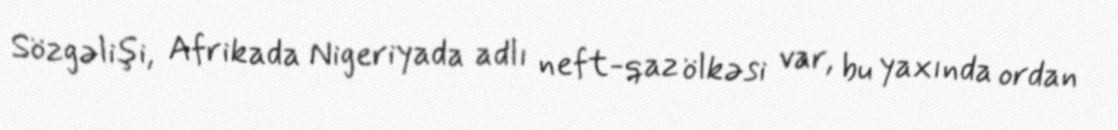
Sözgəlişi, Afrikada Nigeriyada adlı neft-qaz ölkəsi var, bu yaxında ordan